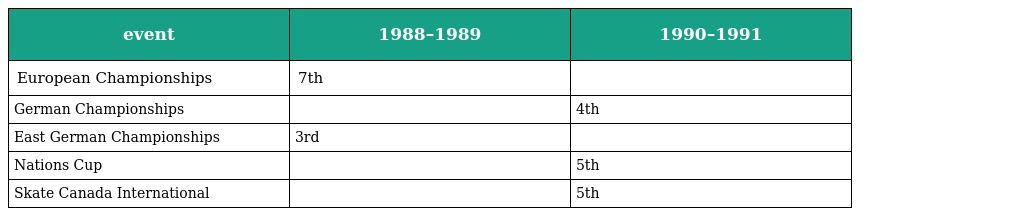
| event | 1988–1989 | 1990–1991 |
 | --- | --- | --- |
 | European Championships | 7th |  |
 | German Championships |  | 4th |
 | East German Championships | 3rd |  |
 | Nations Cup |  | 5th |
 | Skate Canada International |  | 5th |